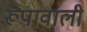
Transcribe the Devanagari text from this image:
रूपावाली